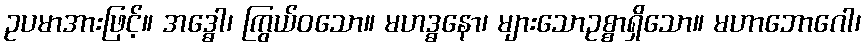
ဥပမာအားဖြင့်။ အဒ္ဓေါ၊ ကြွယ်ဝသော။ မဟဒ္ဓနော၊ များသောဥစ္စာရှိသော။ မဟာဘောဂေါ၊